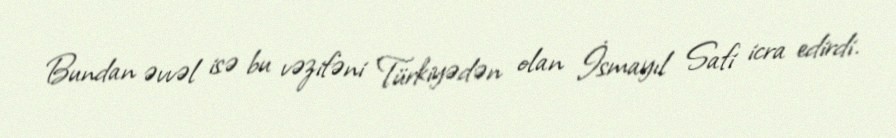
Bundan əvvəl isə bu vəzifəni Türkiyədən olan İsmayıl Safi icra edirdi.